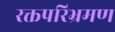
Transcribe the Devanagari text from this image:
रक्तपरिभ्रमण